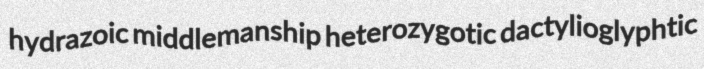
hydrazoic middlemanship heterozygotic dactylioglyphtic